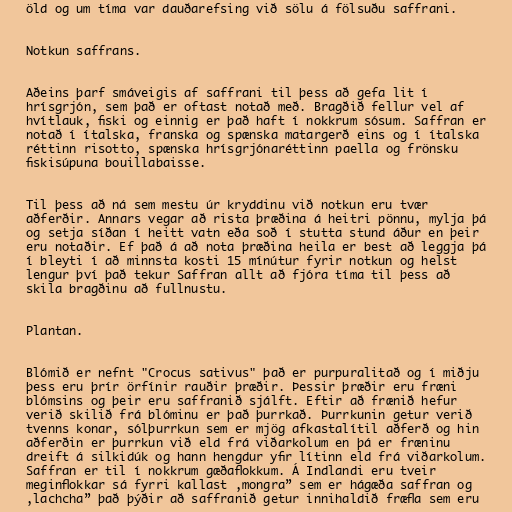
öld og um tíma var dauðarefsing við sölu á fölsuðu saffrani.

Notkun saffrans.

Aðeins þarf smáveigis af saffrani til þess að gefa lit í
hrísgrjón, sem það er oftast notað með. Bragðið fellur vel af
hvítlauk, fiski og einnig er það haft í nokkrum sósum. Saffran er
notað í ítalska, franska og spænska matargerð eins og í ítalska
réttinn risotto, spænska hrísgrjónaréttinn paella og frönsku
fiskisúpuna bouillabaisse.

Til þess að ná sem mestu úr kryddinu við notkun eru tvær
aðferðir. Annars vegar að rista þræðina á heitri pönnu, mylja þá
og setja síðan í heitt vatn eða soð í stutta stund áður en þeir
eru notaðir. Ef það á að nota þræðina heila er best að leggja þá
í bleyti í að minnsta kosti 15 mínútur fyrir notkun og helst
lengur því það tekur Saffran allt að fjóra tíma til þess að
skila bragðinu að fullnustu.

Plantan.

Blómið er nefnt "Crocus sativus" það er purpuralitað og í miðju
þess eru þrír örfínir rauðir þræðir. Þessir þræðir eru fræni
blómsins og þeir eru saffranið sjálft. Eftir að frænið hefur
verið skilið frá blóminu er það þurrkað. Þurrkunin getur verið
tvenns konar, sólþurrkun sem er mjög afkastalítil aðferð og hin
aðferðin er þurrkun við eld frá viðarkolum en þá er fræninu
dreift á silkidúk og hann hengdur yfir lítinn eld frá viðarkolum.
Saffran er til í nokkrum gæðaflokkum. Á Indlandi eru tveir
meginflokkar sá fyrri kallast ,mongra” sem er hágæða saffran og
,lachcha” það þýðir að saffranið getur innihaldið fræfla sem eru